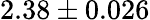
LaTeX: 2.38\pm 0.026